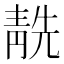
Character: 𩇜